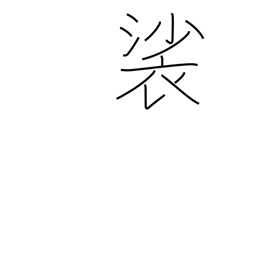
Meaning: Buddhist surplice